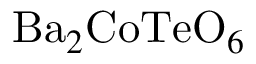
{ \mathrm { B a } } _ { 2 } { \mathrm { C o T e O } } _ { 6 }